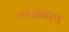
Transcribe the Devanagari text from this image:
भोरानाथ